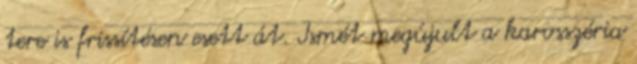
tere is frissítésen esett át. Ismét megújult a karosszéria